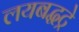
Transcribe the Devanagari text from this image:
लयबद्धट्रे